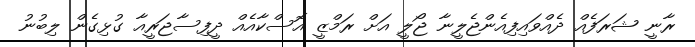
ރާނީ ޝަރަފެއް ދެއްވައިފިއެންޖެލީނާ ޖޯލީ އަށް ރަމްޒީ އޮސްކާއެއް ދީފިސާޖަރީއާ ގުޅިގެން ލިބުނު